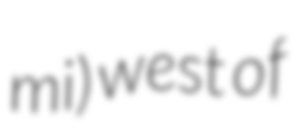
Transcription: mi) west of